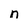
Character: n